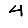
Digit: 4